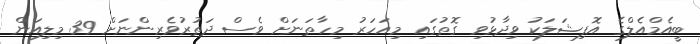
ބީއެމްއެލްގެ އޮފިޝަލަކު ވިދާޅުވި ގޮތުގައި މިއަހަރު މިހާތަނަށް ވެސް ދަތުރުވެރިންނަށް 39 މިލިއަން